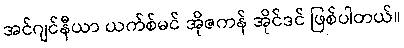
အင်ဂျင်နီယာ ယက်စ်မင် အိုဇကန် အိုင်ဒင် ဖြစ်ပါတယ်။